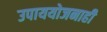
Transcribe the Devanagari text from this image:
उपाययोजनाही